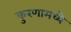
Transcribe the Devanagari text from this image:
कुरणामध्ये